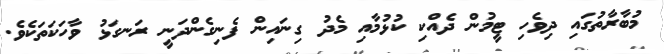
މުބާރާތުގައި ދިވެހި ޓީމުން ދެއްކި ކުޅުމާއި މެދު ގިނައިން ފެނިގެންދަނީ ރަނގަޅު ވާހަކަތަކެވެ.